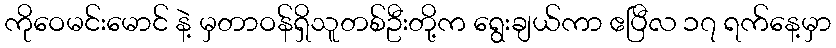
ကိုဝေမင်းမောင် နဲ့ မှတာဝန်ရှိသူတစ်ဦးတို့က ရွေးချယ်ကာ ဧပြီလ ၁၇ ရက်နေ့မှာ